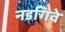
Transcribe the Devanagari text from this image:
नडगिवे